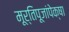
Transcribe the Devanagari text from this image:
मूर्तिपूजांपेक्षा